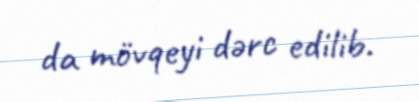
da mövqeyi dərc edilib.